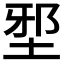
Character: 𡌯